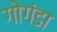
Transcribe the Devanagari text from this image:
गोगंडा